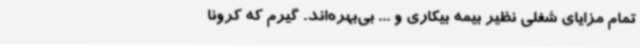
تمام مزایای شغلی نظیر بیمه بیکاری و ... بی‌بهره‌اند. گیرم که کرونا